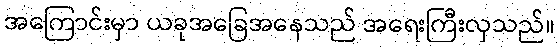
အကြောင်းမှာ ယခုအခြေအနေသည် အရေးကြီးလှသည်။